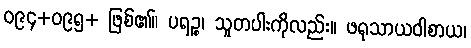
ဝ၉၄+ဝ၉၅+ ဖြစ်၏။ ပရဉ္စ၊ သူတပါးကိုလည်း။ ဖရုသာယဝါစာယ၊